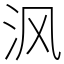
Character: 沨